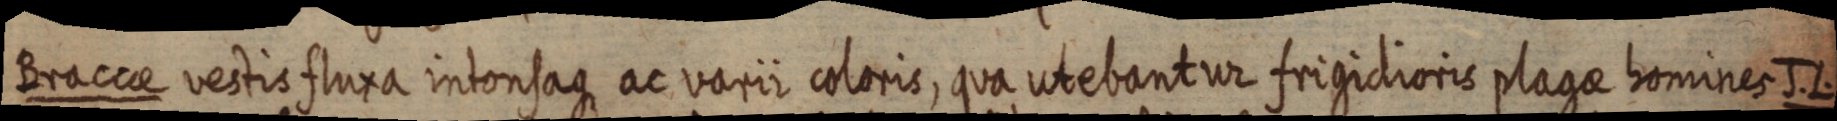
Braccae vestis fluxa intonsaque ac varii coloris, qua utebantur frigidioris plagae homines J. L.